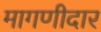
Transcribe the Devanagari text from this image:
मागणीदार